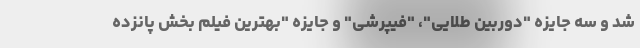
شد و سه جایزه "دوربین طلایی"، "فیپرشی" و جایزه "بهترین فیلم بخش پانزده